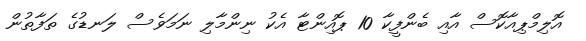
އޮލިމްޕިއާކޮސް އާއި ބެންފީކާ 10 ޕޮއިންޓާ އެކު ނިންމާލި ނަމަވެސް ލަނޑުގެ ތަފާތުން